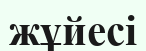
жұйесі